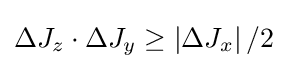
\Delta J_{z}\cdot \Delta J_{y}\geq \left|\Delta J_{x}\right|/2